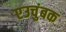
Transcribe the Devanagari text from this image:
एउचुंबक